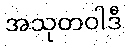
အသုတဝါဒီ